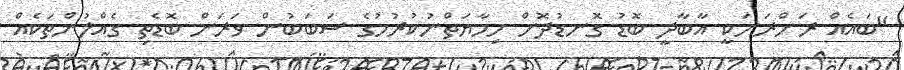
"ބައެއް ރަށްރަށަކީ އާބާދީ ބޮޑު ގޮނޑުދޮށް ހިމާޔަތްނުކުރުމުގެ ސަބަބުން ވަރަށް ބޮޑެތި ގެއްލުންތަކެއް